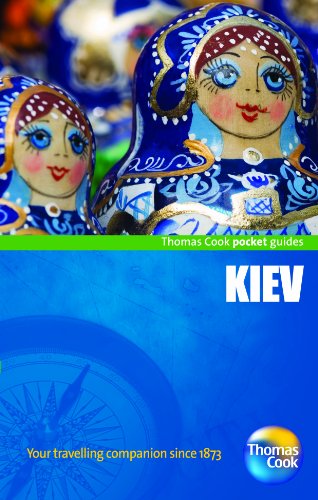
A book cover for Kiev. (Pocket Guides); Travel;